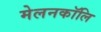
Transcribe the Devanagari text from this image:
मेलनकॉलि